Leprosy in India: report of the Leprosy Commission in India, 1890-91
Year: 1890
Disease focus: Leprosy
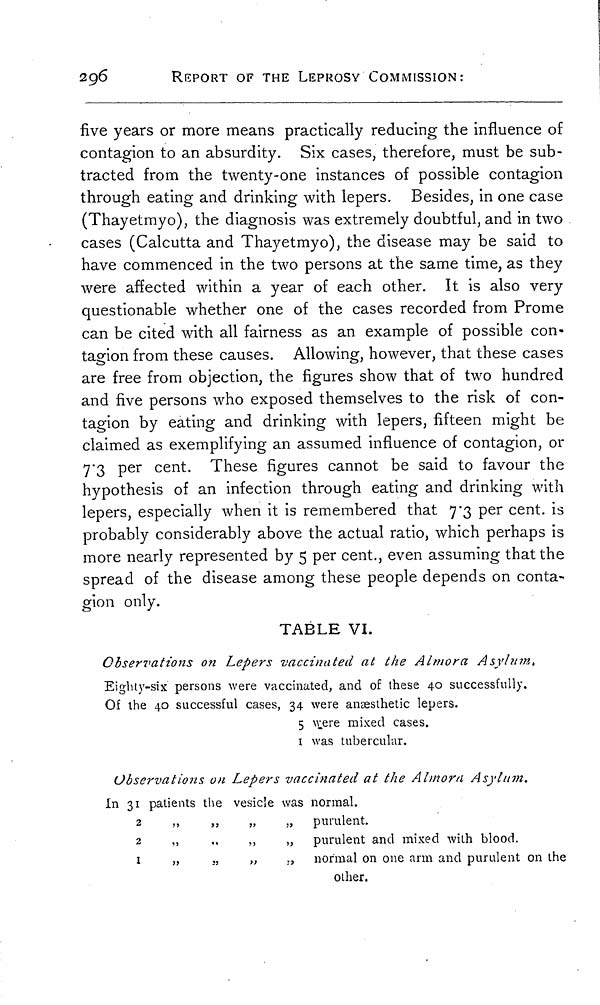
296
REPORT OF THE LEPROSY COMMISSION:
five years or more means practically reducing the influence of
contagion to an absurdity. Six cases, therefore, must be sub-
tracted from the twenty-one instances of possible contagion
through eating and drinking with lepers. Besides, in one case
(Thayetmyo), the diagnosis was extremely doubtful, and in two
cases (Calcutta and Thayetmyo), the disease may be said to
have commenced in the two persons at the same time, as they
were affected within a year of each other. It is also very
questionable whether one of the cases recorded from Prome
can be cited with all fairness as an example of possible con-
tagion from these causes. Allowing, however, that these cases
are free from objection, the figures show that of two hundred
and five persons who exposed themselves to the risk of con-
tagion by eating and drinking with lepers, fifteen might be
claimed as exemplifying an assumed influence of contagion, or
7.3 per cent. These figures cannot be said to favour the
hypothesis of an infection through eating and drinking with
lepers, especially when it is remembered that 7.3 per cent. is
probably considerably above the actual ratio, which perhaps is
more nearly represented by 5 per cent., even assuming that the
spread of the disease among these people depends on conta-
gion only.
TABLE VI.
Observations on Lepers vaccinated at the Almora Asylum,
Eighty-six persons were vaccinated, and of these 40 successfully.
Of the 40 successful cases, 34 were anaesthetic lepers.
5 were mixed cases.
I was tubercular.
Observations on Lepers vaccinated at the Almora Asylum.
In 31 patients the vesicle was normal.
2
2
1
,,
,,
,,
,,
,,
,,
,,
,,
,,
,,
,,
,,
purulent.
purulent and mixed with blood.
normal on one arm and purulent on the
other.